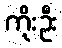
ကိုးဦး